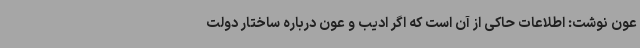
عون نوشت: اطلاعات حاکی از آن است که اگر ادیب و عون درباره ساختار دولت